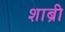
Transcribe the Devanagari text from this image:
शाब्री